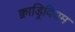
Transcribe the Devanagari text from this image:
क्वाड्रिवियम